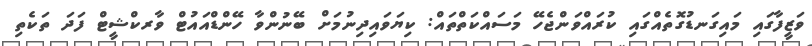
ވަޒީފާގައި މައިގަނޑުގޮތެއްގައި ކުރައްވަންޖެހޭ މަސައްކަތްތައް: ކިޔަވައިދިނުމަށް ބޭނުންވާ ހޭންޑްއައުޓް ވާރކްޝީޓް ފަދަ ތަކެތި